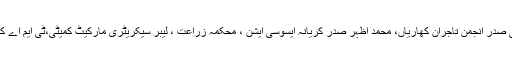
جس میں عثمان عباسی صدر انجمن تاجران کھاریاں، محمد اظہر صدر کریانہ ایسوسی ایشن ، محکمہ زراعت ، لیبر سیکریٹری مارکیٹ کمیٹی،ٹی ایم اے کے افسران نے شرکت۔